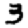
Digit: 3